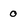
Character: 0